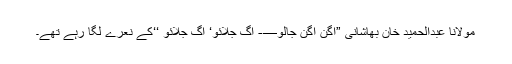
مولانا عبدالحمید خان بھاشانی ”آگن آگن جالو—- آگ جلائو‘ آگ جلائو ‘‘کے نعرے لگا رہے تھے۔